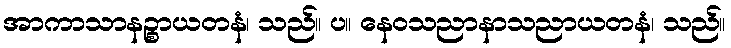
အာကာသာနဉ္စာယတနံ၊ သည်။ ပ။ နေဝသညာနာသညာယတနံ၊ သည်။